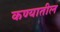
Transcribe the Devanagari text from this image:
कण्यातील